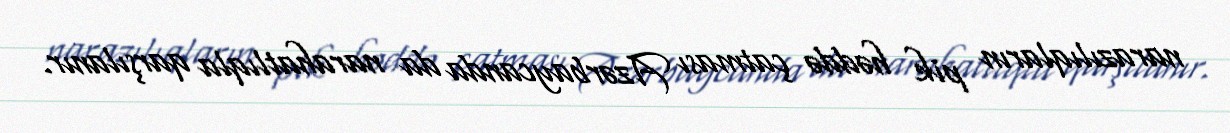
narazılıqların pik həddə çatması Azərbaycanda da narahatlıqla qarşılanır.